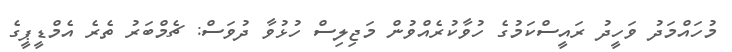
މުހައްމަދު ވަހީދު ރައީސްކަމުގެ ހުވާކުރެއްވުން މަޖިލިސް ހުޅުވާ ދުވަސް: ޗެމްބަރު ތެރެ އެމްޑީޕީގެ